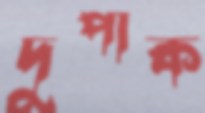
দুপাক